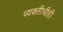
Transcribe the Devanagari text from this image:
व्यक्तीचीही